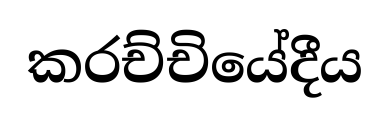
කරච්චියේදීය